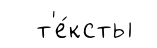
т'е́ксты